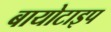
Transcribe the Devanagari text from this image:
बायोटाइप